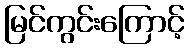
မြင်ကွင်းကြောင့်